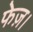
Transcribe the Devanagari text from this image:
फेज़।